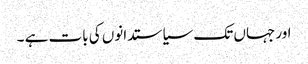
اور جہاں تک سیاستدانوں کی بات ہے ۔